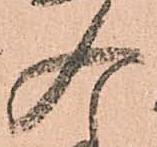
入